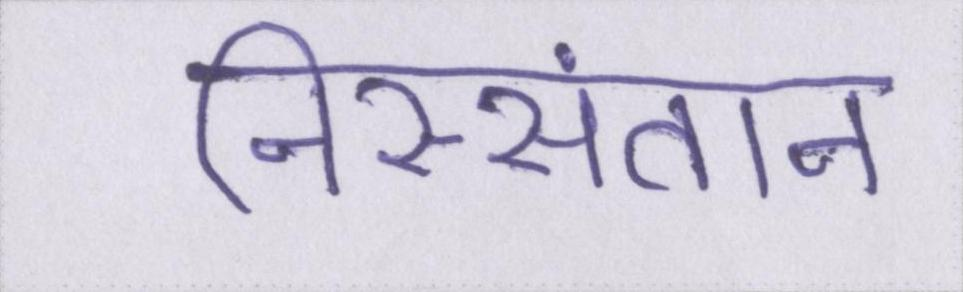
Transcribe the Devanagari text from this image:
निस्संतान